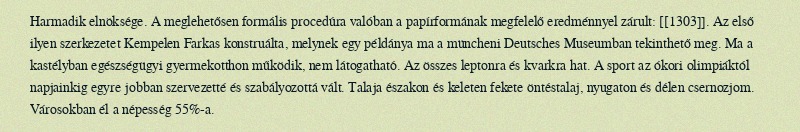
Harmadik elnöksége. A meglehetősen formális procedúra valóban a papírformának megfelelő eredménnyel zárult: [[1303]]. Az első ilyen szerkezetet Kempelen Farkas konstruálta, melynek egy példánya ma a müncheni Deutsches Museumban tekinthető meg. Ma a kastélyban egészségügyi gyermekotthon működik, nem látogatható. Az összes leptonra és kvarkra hat. A sport az ókori olimpiáktól napjainkig egyre jobban szervezetté és szabályozottá vált. Talaja északon és keleten fekete öntéstalaj, nyugaton és délen csernozjom. Városokban él a népesség 55%-a.